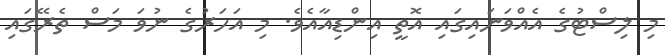
މި ލިސްޓުގެ އެއްވަނައިގައި އޮތީ އިންޑިއާއެވެ. މި އަހަރުގެ ނުވަ މަސް ތެރޭގައި